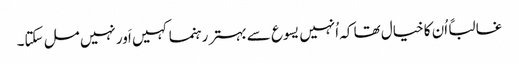
‏ غالباً اُن کا خیال تھا کہ اُنہیں یسوع سے بہتر رہنما کہیں اَور نہیں مل سکتا۔